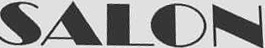
SALON